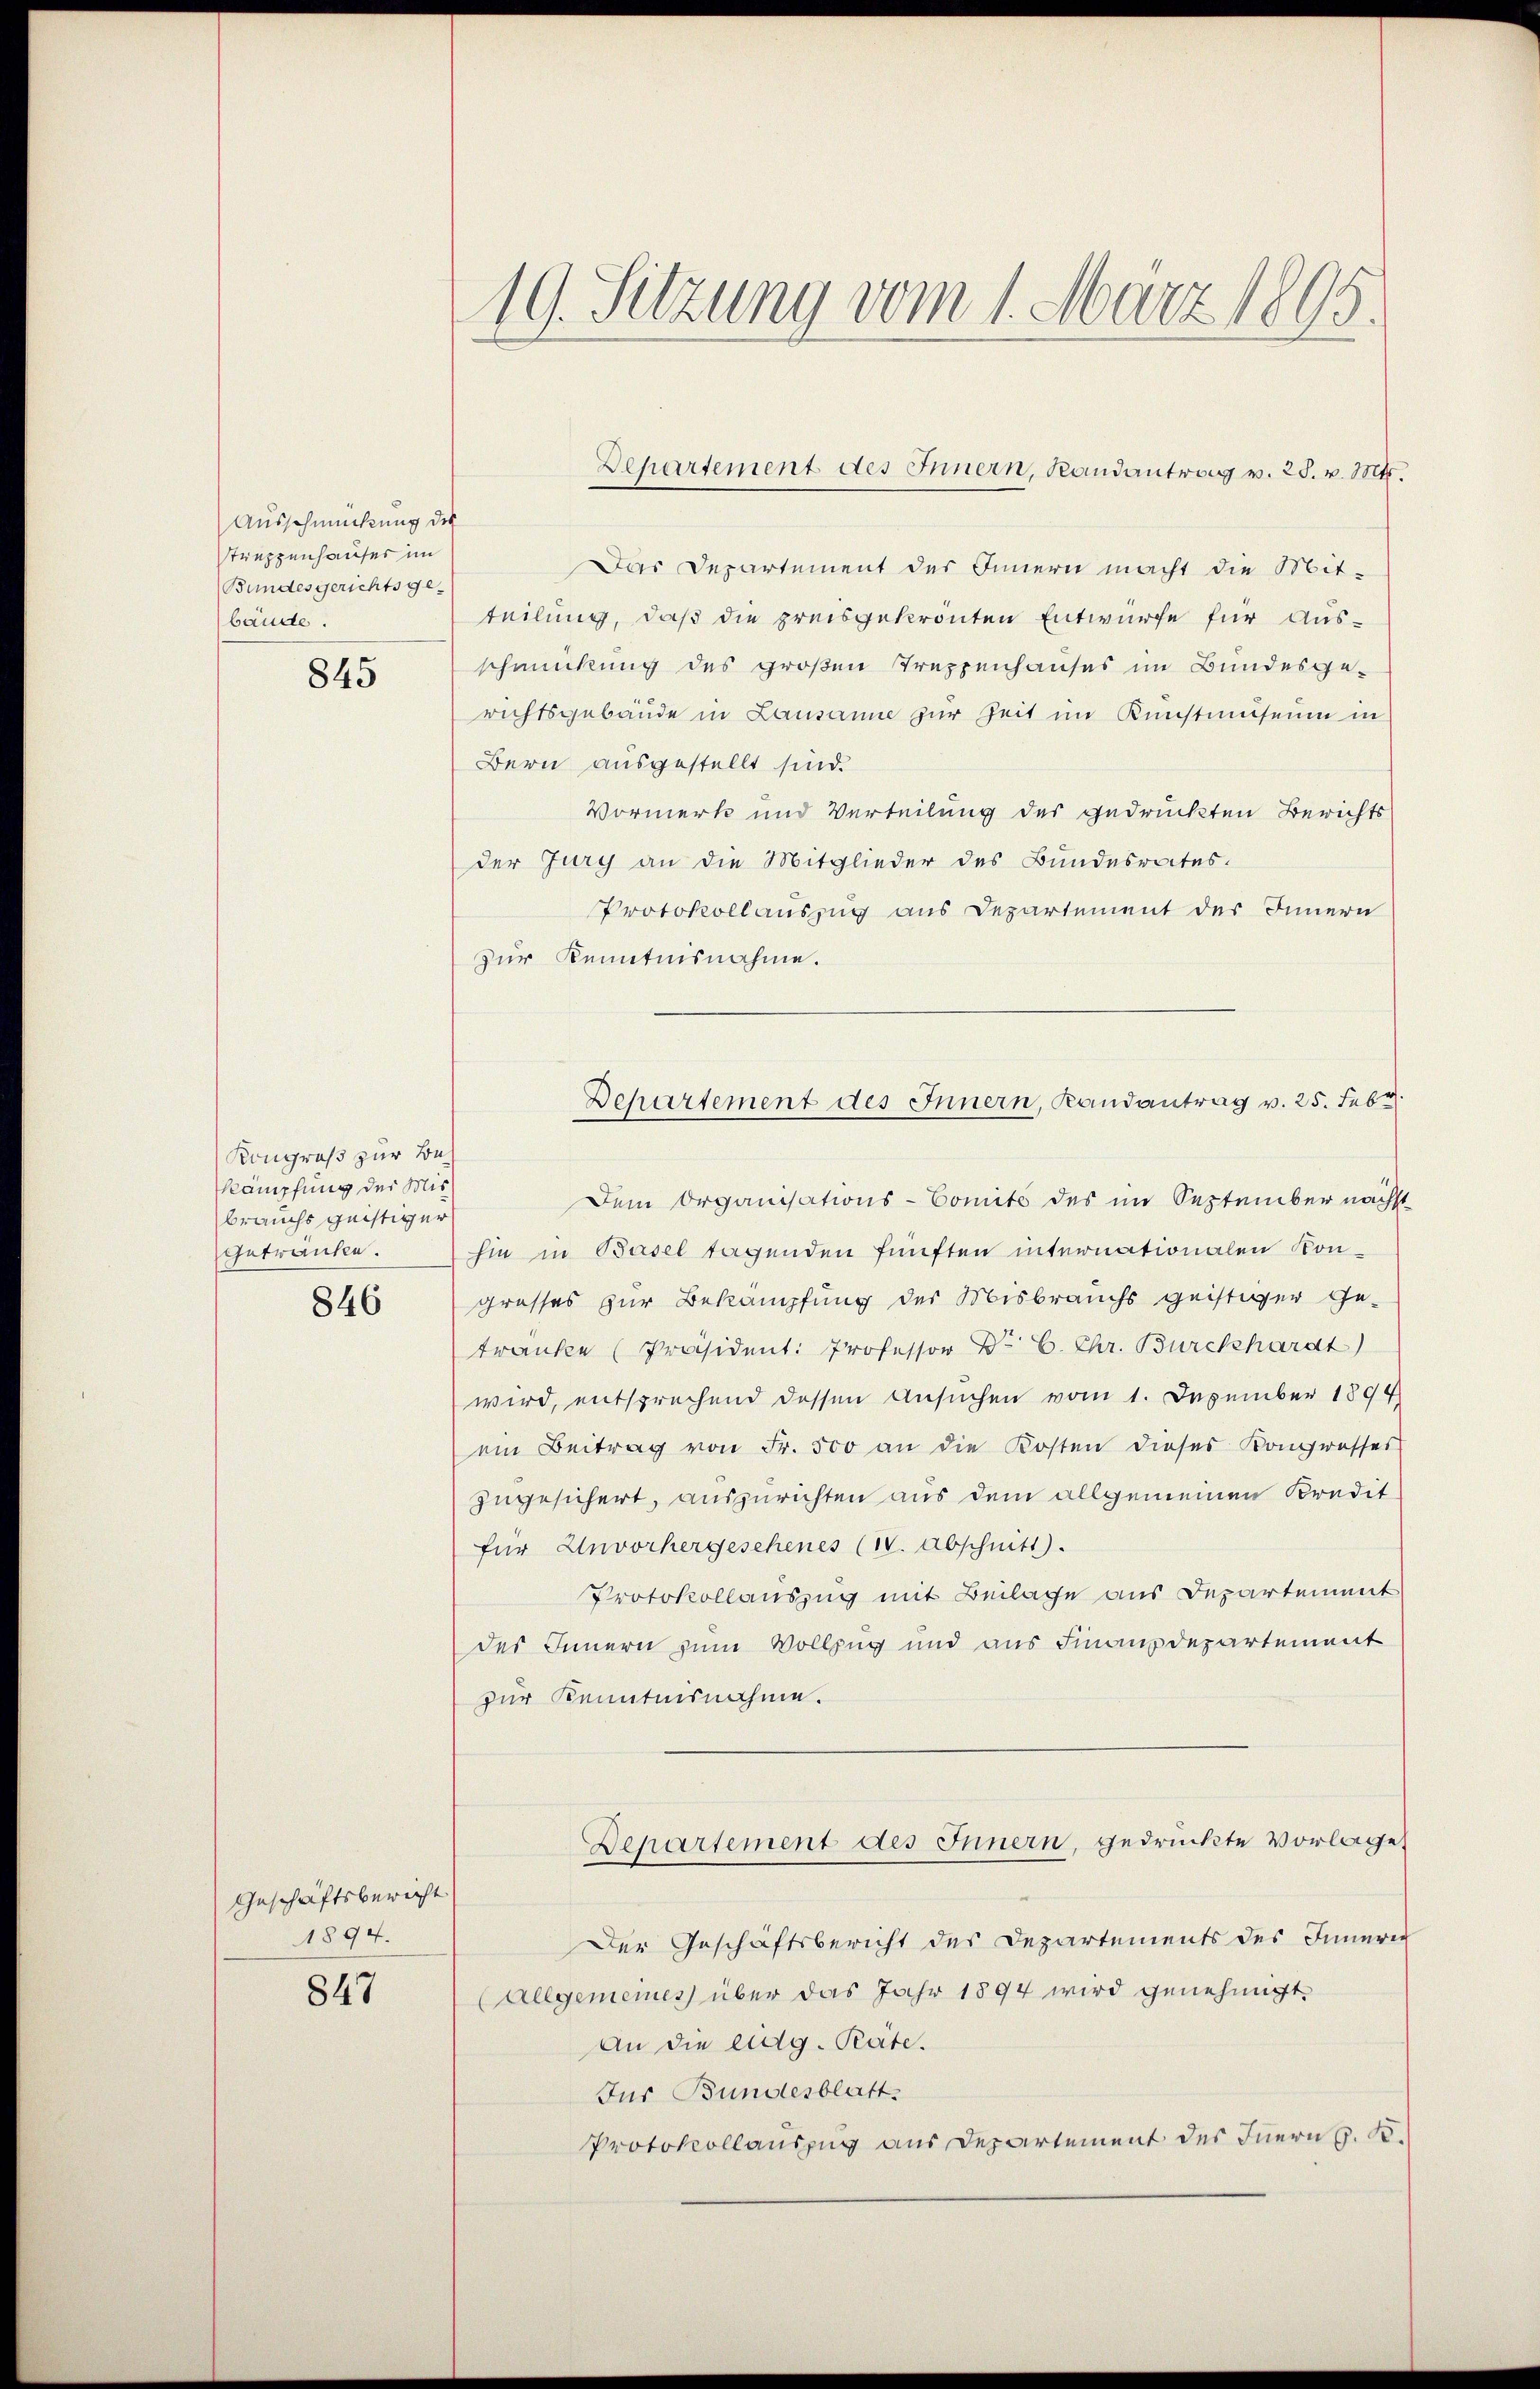
Ausschmückung des
Struppenhauser im
Bundesgerichtsgebände.

845

Kongruß zur Bekämpfung der Misbrauchs geistiger
Geträufen.

846

Geschäftsbericht
1894.

847

19. Setzung vom 1. März 1805.

Das Departement des Innern macht die Mit-
teilung, daß die preisgekrönten Entwürfe für Aus-
schmückung des großen Treppenhauses im Bundesgerichtsgebäude in Lausanne zur Zeit im Kunstmuseum in
Bern ausgestellt sind.
Vormerk und Verteilung des gedruckten Berichts
der Jury an die Mitglieder des Bundesrates.
Protokollauszug aus Departement des Innern
zur Kenntnisnahme.
Dem Organisations-Comité des im September nächst
hin in Basel tagenden fünften internationalen Kongrosses zur Bekämpfung der Misbrauchs geistiger Ge-
tranke Präsident. Professor Dr. C. Chr. Burckhardt)
wird, entsprechend dessen Ansuchen vom 1. Dezember 1894
ein Beitrag von Fr. 500 an die Kosten dieses Kongresses
zugesichert, auszurichten aus dem allgemeinen Kredit
für Unvorhergeschenes (IV. Abschnitt.
Protokollauszug mit Beilage aus Departement
des Innern zum Vollzug und aus Finanzdepartement
zur Kenntnisnahme.
Departement des Innern, gedrückte Vorlage,
Der Geschäftsbericht des Departements des Innerer
(Allgemeines über das Jahr 1894 wird genehmigt.
An die eidg. Pate.
Jur Bundesblatt.
Protokollauszug aus Departement des Inern G. K.

Departement des Innern, Randantrag v. 25. v. Mts.

Departement des Innern, Landantrag v. 25. Febr.